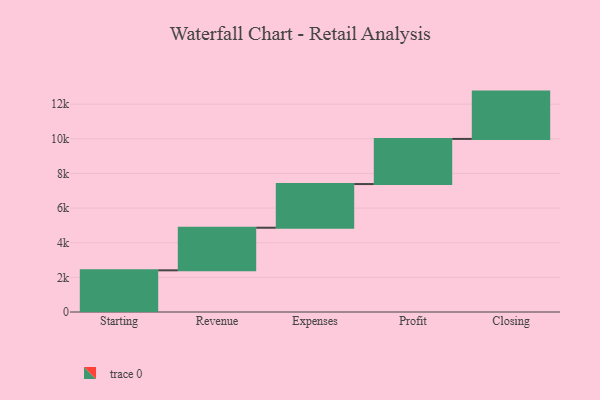
{"axis": {"x": "Step", "y": "Value"}, "legend": [""], "data": [{"x": "Starting", "y": 2406.0, "type": ""}, {"x": "Revenue", "y": 2459.0, "type": ""}, {"x": "Expenses", "y": 2522.0, "type": ""}, {"x": "Profit", "y": 2605.0, "type": ""}, {"x": "Closing", "y": 2732.0, "type": ""}]}